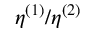
\eta ^ { ( 1 ) } / \eta ^ { ( 2 ) }